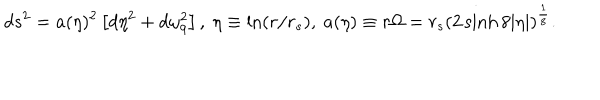
LaTeX: d s ^ { 2 } = a ( \eta ) ^ { 2 } \left[ d \eta ^ { 2 } + d \omega _ { 9 } ^ { 2 } \right] , ~ \eta \equiv \ln ( r / r _ { s } ) , ~ a ( \eta ) \equiv r \Omega = r _ { s } \left( 2 \sinh 8 | \eta | \right) ^ { \frac { 1 } { 8 } } .